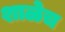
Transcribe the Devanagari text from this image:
शाळेच